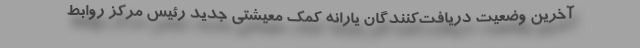
آخرین وضعیت دریافت‌کنندگان یارانه کمک معیشتی جدید رئیس مرکز روابط